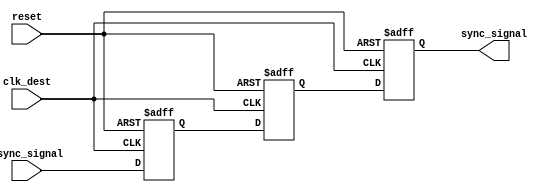
module triple_flip_flop_synchronizer (
    input wire clk_dest,        // Destination clock
    input wire async_signal,    // Asynchronous input signal
    input wire reset,           // Reset signal
    output reg sync_signal      // Synchronized output signal
);

    // Internal signals for the flip-flops
    reg ff1_out;               // Output of the first flip-flop
    reg ff2_out;               // Output of the second flip-flop

    // First flip-flop
    always @(posedge clk_dest or posedge reset) begin
        if (reset) begin
            ff1_out <= 1'b0;   // Reset state
        end else begin
            ff1_out <= async_signal; // Sample async_signal
        end
    end

    // Second flip-flop
    always @(posedge clk_dest or posedge reset) begin
        if (reset) begin
            ff2_out <= 1'b0;   // Reset state
        end else begin
            ff2_out <= ff1_out; // Sample output of FF1
        end
    end

    // Third flip-flop
    always @(posedge clk_dest or posedge reset) begin
        if (reset) begin
            sync_signal <= 1'b0; // Reset state
        end else begin
            sync_signal <= ff2_out; // Sample output of FF2
        end
    end

endmodule